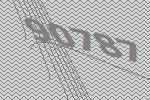
90787